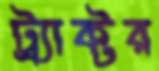
ট্র্যাক্টর